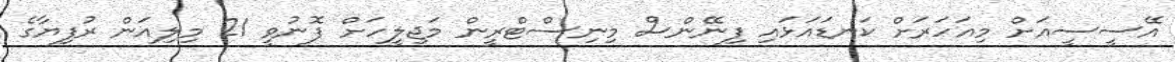
އޭސީސީއަށް މިއަހަރަށް ކަނޑައަޅައި ފިނޭންސް މިނިސްޓްރީން މަޖިލީހަށް ފޮނުވީ 21 މިލިއަން ރުފިޔާގެ